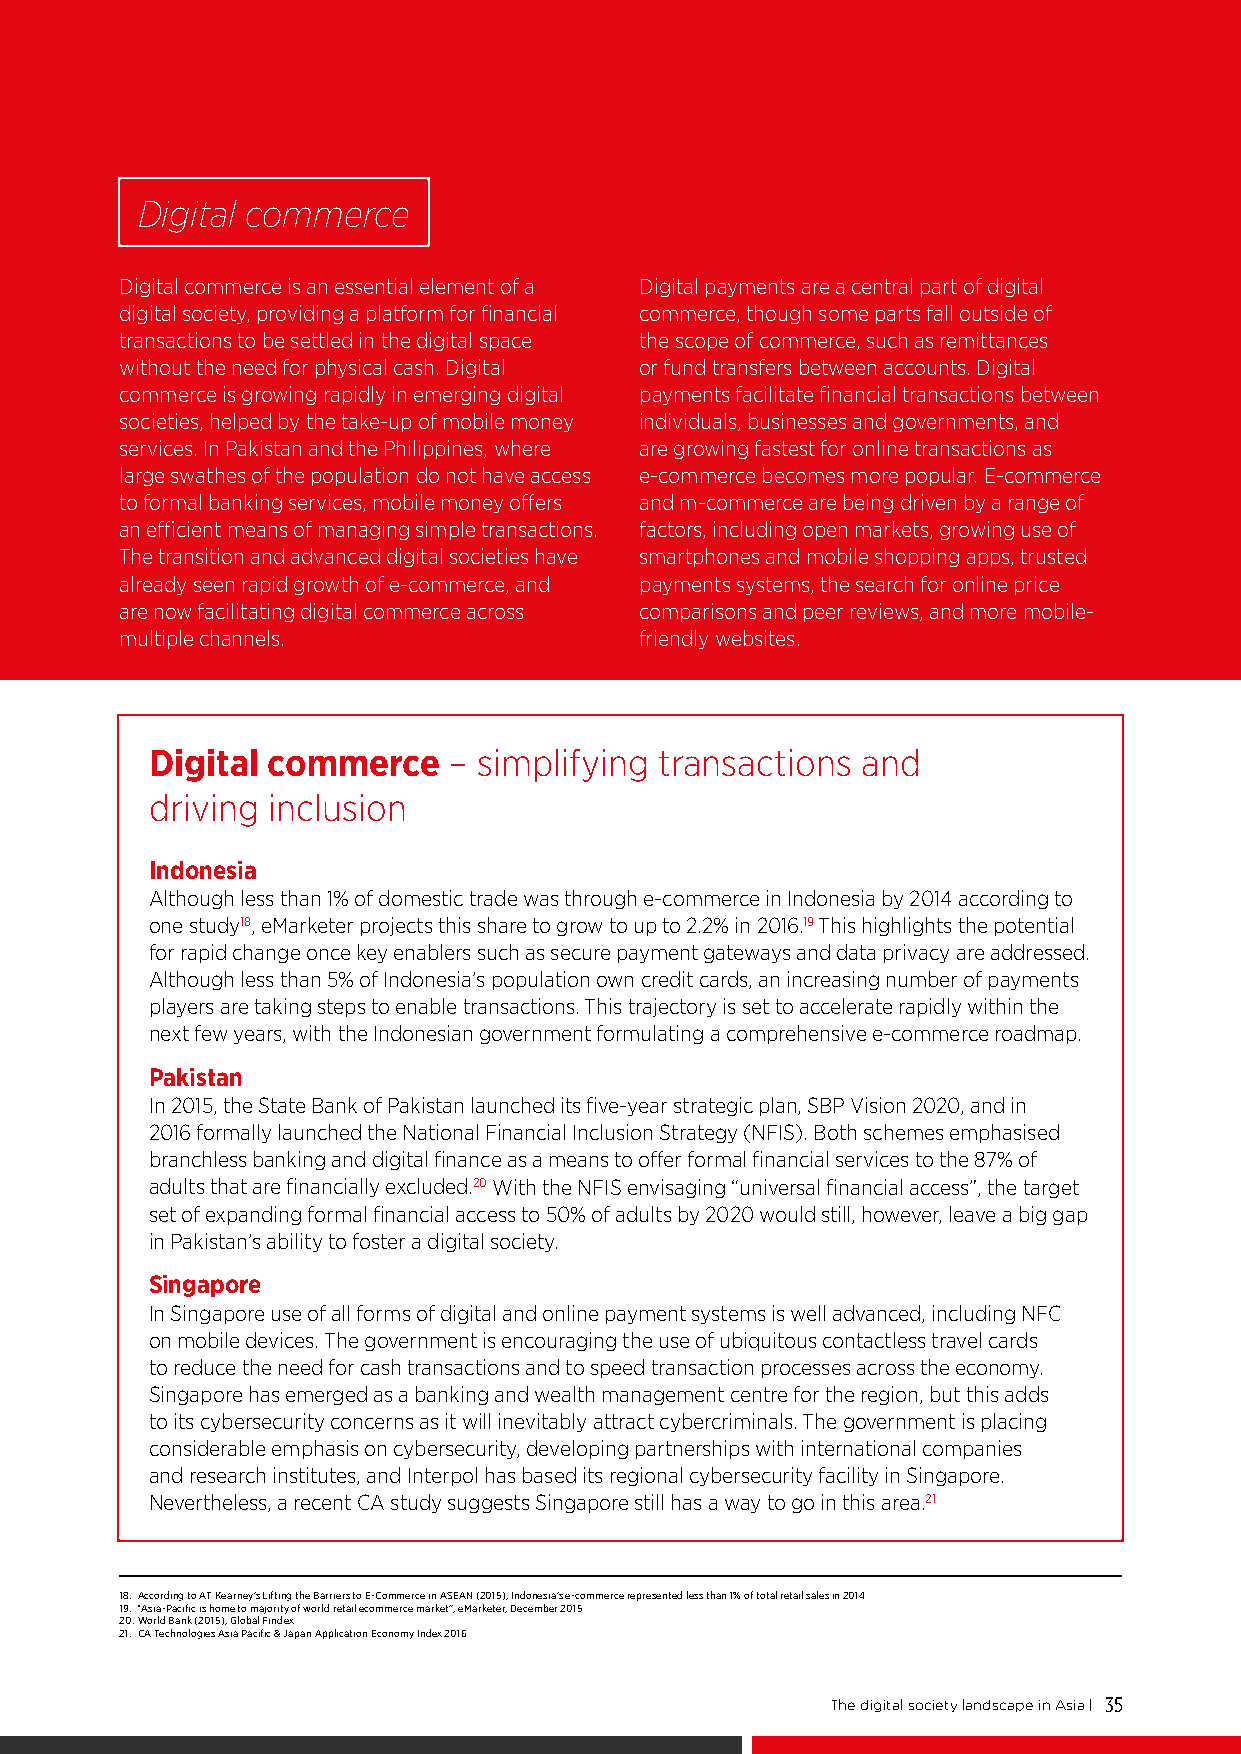
ADVANCING DIGITAL SOCIETIES IN ASIA
 Digital commerce
 Digital commerce is an essential element of a Digital payments are a central part of digital
 digital society, providing a platform for financial commerce, though some parts fall outside of
 transactions to be settled in the digital space the scope of commerce, such as remittances
 without the need for physical cash. Digital or fund transfers between accounts. Digital
 commerce is growing rapidly in emerging digital payments facilitate financial transactions between
 societies, helped by the take-up of mobile money individuals, businesses and governments, and
 services. In Pakistan and the Philippines, where are growing fastest for online transactions as
 large swathes of the population do not have access e-commerce becomes more popular. E-commerce
 to formal banking services, mobile money offers and m-commerce are being driven by a range of
 an efficient means of managing simple transactions. factors, including open markets, growing use of
 The transition and advanced digital societies have smartphones and mobile shopping apps, trusted
 already seen rapid growth of e-commerce, and payments systems, the search for online price
 are now facilitating digital commerce across comparisons and peer reviews, and more mobile-
 multiple channels.                friendly websites.
 Digital commerce    – simplifying transactions and
 driving inclusion
 Indonesia
 Although less than 1% of domestic trade was through e-commerce in Indonesia by 2014 according to
 one study18, eMarketer projects this share to grow to up to 2.2% in 2016.19 This highlights the potential
 for rapid change once key enablers such as secure payment gateways and data privacy are addressed.
 Although less than 5% of Indonesia’s population own credit cards, an increasing number of payments
 players are taking steps to enable transactions. This trajectory is set to accelerate rapidly within the
 next few years, with the Indonesian government formulating a comprehensive e-commerce roadmap.
 Pakistan
 In 2015, the State Bank of Pakistan launched its five-year strategic plan, SBP Vision 2020, and in
 2016 formally launched the National Financial Inclusion Strategy (NFIS). Both schemes emphasised
 branchless banking and digital finance as a means to offer formal financial services to the 87% of
 adults that are financially excluded.20 With the NFIS envisaging “universal financial access”, the target
 set of expanding formal financial access to 50% of adults by 2020 would still, however, leave a big gap
 in Pakistan’s ability to foster a digital society.
 Singapore
 In Singapore use of all forms of digital and online payment systems is well advanced, including NFC
 on mobile devices. The government is encouraging the use of ubiquitous contactless travel cards
 to reduce the need for cash transactions and to speed transaction processes across the economy.
 Singapore has emerged as a banking and wealth management centre for the region, but this adds
 to its cybersecurity concerns as it will inevitably attract cybercriminals. The government is placing
 considerable emphasis on cybersecurity, developing partnerships with international companies
 and research institutes, and Interpol has based its regional cybersecurity facility in Singapore.
 Nevertheless, a recent CA study suggests Singapore still has a way to go in this area.21
 18. According to AT Kearney’s Lifting the Barriers to E-Commerce in ASEAN (2015), Indonesia’s e-commerce represented less than 1% of total retail sales in 2014
 19. “Asia-Pacific is home to majority of world retail ecommerce market”, eMarketer, December 2015
 20. World Bank (2015), Global Findex
 21. CA Technologies Asia Pacific & Japan Application Economy Index 2016
 The digital society landscape in Asia | 35